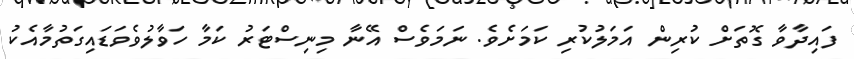
ފައިދާވާ ގޮތަށް ކުރިން އަމަލުކުރި ކަމަށެވެ. ނަމަވެސް އޭނާ މިނިސްޓަރު ކަމާ ހަވާލުވެވަޑައިގަތުމާއެކު